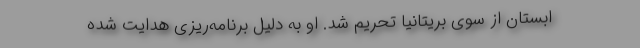
ابستان از سوی بریتانیا تحریم شد. او به دلیل برنامه‌ریزی هدایت شده